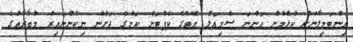
އިންޓަމިލާނަށް ކުޅެމުން އަންނަ ސެމިއަލް އެޓޫގެ ކެޕްޓަން ކަމުގެ ދަށުން ނިކުންނައިރު މުބާރާތުގެ